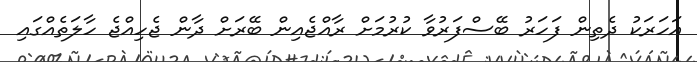
އަހަރަކު ދެތިން ފަހަރު ބޭސްފަރުވާ ކުރުމަށް ރާއްޖެއިން ބޭރަށް ދާން ޖެހިއްޖެ ހާލަތެއްގައި